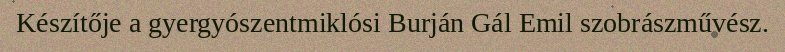
Készítője a gyergyószentmiklósi Burján Gál Emil szobrászművész.